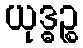
ယုဒ္ဓဉ္စ